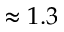
\approx 1 . 3